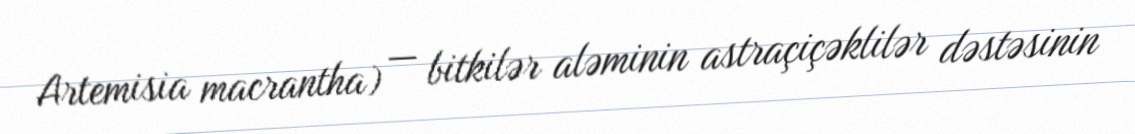
Artemisia macrantha) — bitkilər aləminin astraçiçəklilər dəstəsinin